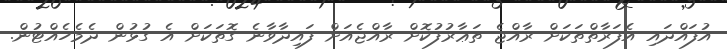
އުފައްދައި އެފަރާތްތަކަށް ރާއްޖެ ތަޢާރުފުކޮށް ރާއްޖެއަށް ފައިދާވާނެ ގޮތަކަށް އެ ގުޅުން ދެމެހެއްޓުން.